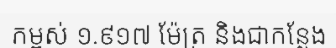
កម្ពស់ ១.៩១៧ ម៉ែត្រ និងជាកន្លែង